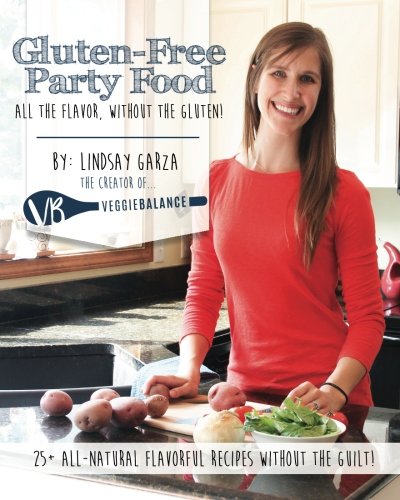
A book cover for Gluten Free Party Food: All the flavor, without the gluten; Lindsay Garza; Cookbooks, Food & Wine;